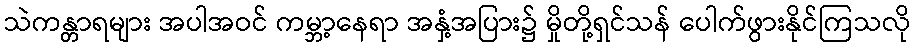
သဲကန္တာရများ အပါအဝင် ကမ္ဘာ့နေရာ အနှံ့အပြား၌ မှိုတို့ရှင်သန် ပေါက်ဖွားနိုင်ကြသလို